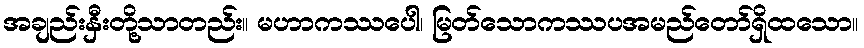
အချည်းနှီးတို့သာတည်း။ မဟာကဿပေါ၊ မြတ်သောကဿပအမည်တော်ရှိထသော။